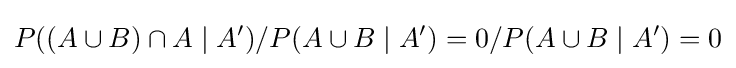
P((A\cup B)\cap A\mid A')/P(A\cup B\mid A')=0/P(A\cup B\mid A')=0